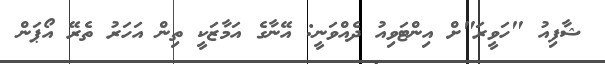
ޝާފިއު "ހަވީރަ"ށް އިންޓަވިއު ދެއްވަނީ: އޭނާގެ އަމާޒަކީ ތިން އަހަރު ތެރޭ އޯޕަން